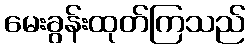
မေးခွန်းထုတ်ကြသည်